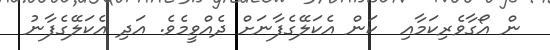
ން އޯގާވެރިކަމާއި  ކަން އެކަލޭގެފާނަށް ދެއްވީމެވެ. އަދި އެކަލޭގެފާނު